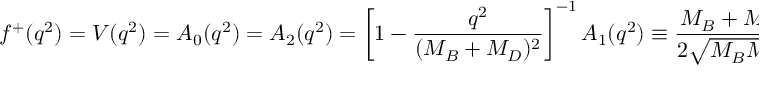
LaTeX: f ^ { + } ( q ^ { 2 } ) = V ( q ^ { 2 } ) = A _ { 0 } ( q ^ { 2 } ) = A _ { 2 } ( q ^ { 2 } ) = \left[ 1 - \frac { q ^ { 2 } } { ( M _ { B } + M _ { D } ) ^ { 2 } } \right] ^ { - 1 } A _ { 1 } ( q ^ { 2 } ) \equiv \frac { M _ { B } + M _ { D } } { 2 \sqrt { M _ { B } M _ { D } } } \, \xi ( \omega ) \ ,